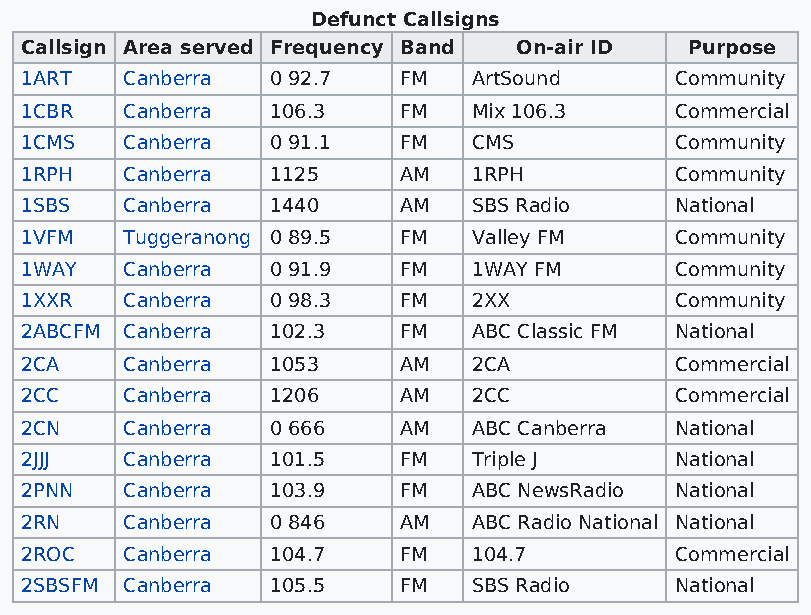
Defunct Callsigns
 Callsign Area served Frequency Band On-air ID Purpose
 1ART   Canberra  0 92.7  FM   ArtSound      Community
 1CBR   Canberra  106.3   FM   Mix 106.3     Commercial
 1CMS   Canberra  0 91.1  FM   CMS           Community
 1RPH   Canberra  1125    AM   1RPH          Community
 1SBS   Canberra  1440    AM   SBS Radio     National
 1VFM   Tuggeranong 0 89.5 FM  Valley FM     Community
 1WAY   Canberra  0 91.9  FM   1WAY FM       Community
 1XXR   Canberra  0 98.3  FM   2XX           Community
 2ABCFM Canberra  102.3   FM   ABC Classic FM National
 2CA    Canberra  1053    AM   2CA           Commercial
 2CC    Canberra  1206    AM   2CC           Commercial
 2CN    Canberra  0 666   AM   ABC Canberra  National
 2JJJ   Canberra  101.5   FM   Triple J      National
 2PNN   Canberra  103.9   FM   ABC NewsRadio National
 2RN    Canberra  0 846   AM   ABC Radio National National
 2ROC   Canberra  104.7   FM   104.7         Commercial
 2SBSFM Canberra  105.5   FM   SBS Radio     National